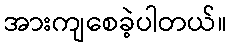
အားကျစေခဲ့ပါတယ်။